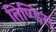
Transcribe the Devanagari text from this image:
तिण्डिस